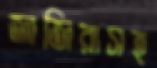
জাজিরাসহ